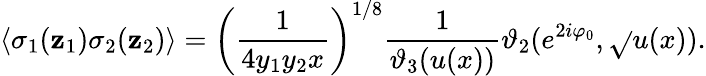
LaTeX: \langle\sigma_{1}(\mathbf{z}_{1})\sigma_{2}(\mathbf{z}_{2})\rangle=\left(\frac{{1}}{{4y_{1}y_{2}x}}\right)^{1/8}\frac{{1}}{{\vartheta_{3}(u(x))}}\vartheta_{2}(e^{2i\varphi_{0}},\sqrt{}{{u(x)}}).